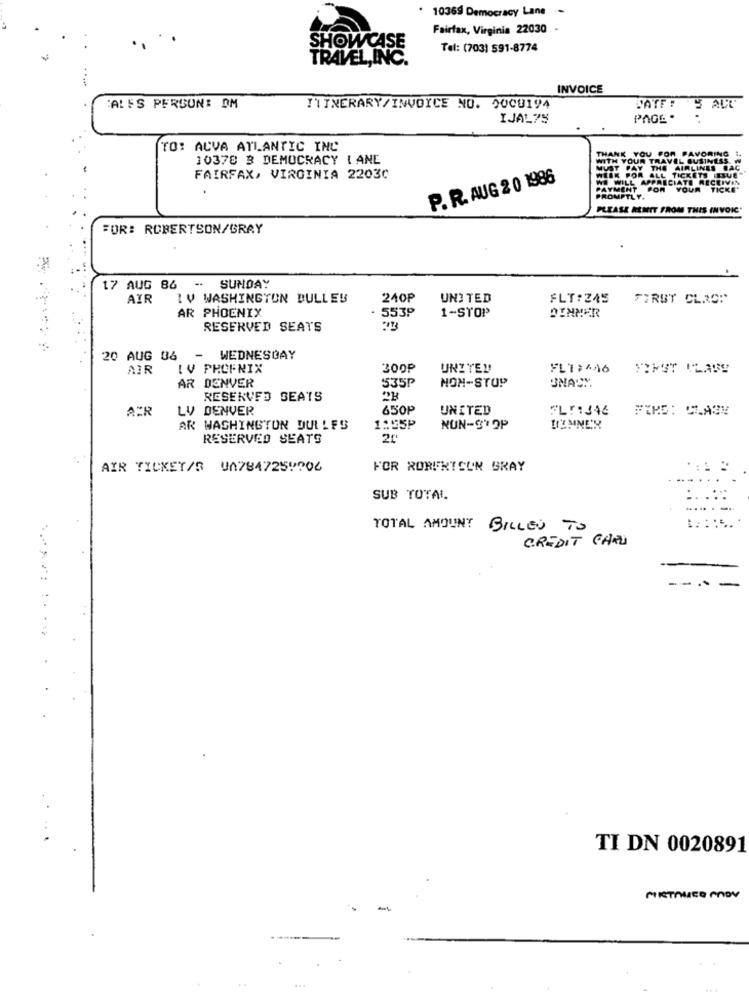
· 10369 Democracy Lane -
Fairfax, Virginia 22030 -
SHOWCASE
Tel: (703) 591-8774
TRAVEL,INC.
INVOICE
SATE !
AL FS PERSON: OM
ITINERARY/INVOICE NO. 0000194
IJAL75
TO: ACVA ATLANTIC INC
THANK YOU FOR FAVORING 1
10378 3 DEMOCRACY LANE
WITH YOUR TRAVEL BUSINESS.
WEEK POR ALL TICKETS IEQUE"
JUST PAY THE AIRLINES BAC
FAIRFAX, VIRGINIA 22030
P. R. AUG 2 0 1986
WE WILL APPRECIATE RECEIVIN
PAYMENT
POR
YOUR TICKET
PROMPTLY.
PLEASE REMIT FROM THIS INVOIC"
FOR: ROBERTSON/GRAY
17 AUG 86 - SUNDAY
AIR
IV WASHINGTON DULLES
240P
UNITED
FLT:ZAS
FIRST CLAOP
AR PHOENIX
553₽
DINNER
1-STOP
RESERVED SEATS
20 AUG 06
-
WEDNESDAY
AIR
IV PHOENIX
300₽
UNITED
FL1:446
AR DENVER
535P
NON-STOP
BNACH.
RESERVED SEATS
APR
LV DENVER
650P
UNITED
AR WASHINGTON DULLES
1:55P
NON-STOP
UZMNER
RESERVED SEATS
20
AIR TICKET/R UA784725 !? 06
FOR ROBERTSON GRAY
SUB TOTAL
:. .::
TOTAL AMOUNT BILLED TO
CREDIT CARD
TI DN 0020891
.. .